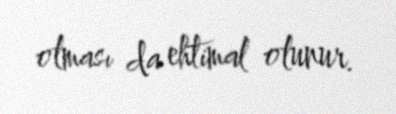
olması da ehtimal olunur.